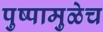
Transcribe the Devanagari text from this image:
पुष्पामुळेच